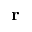
\textbf { r }